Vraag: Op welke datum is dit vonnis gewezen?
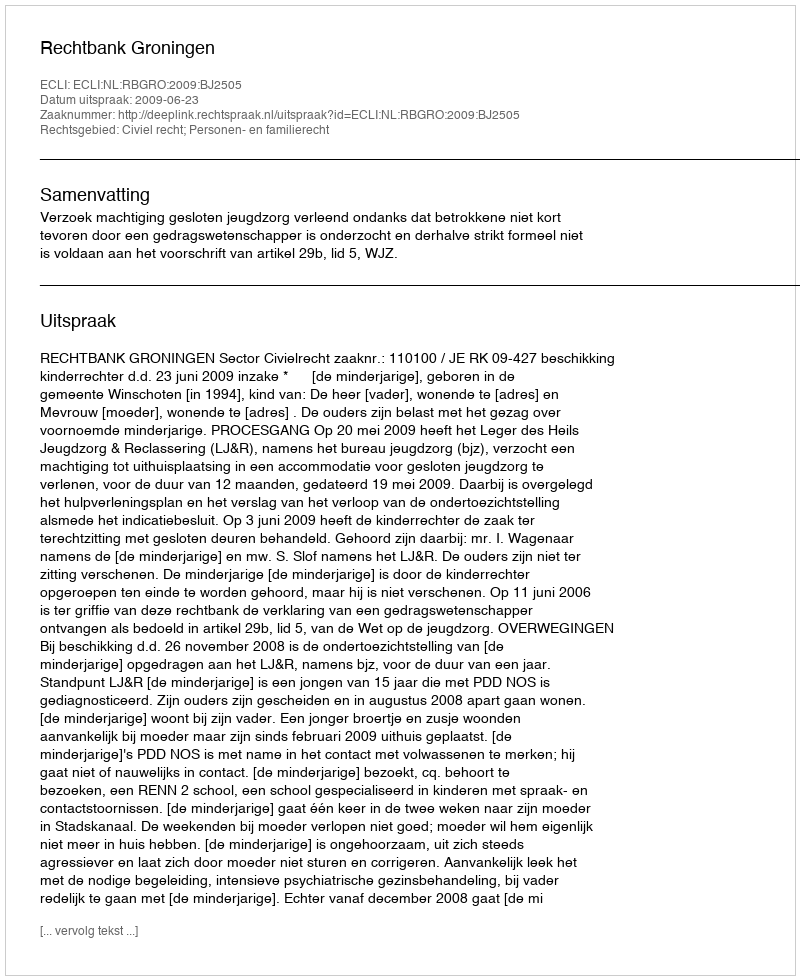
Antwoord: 2009-06-23